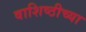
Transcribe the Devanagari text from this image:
वाशिष्ठीच्या